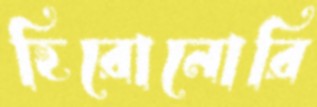
হিরোনোরি